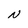
Character: N